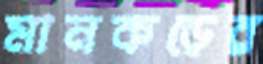
মানকড়ের